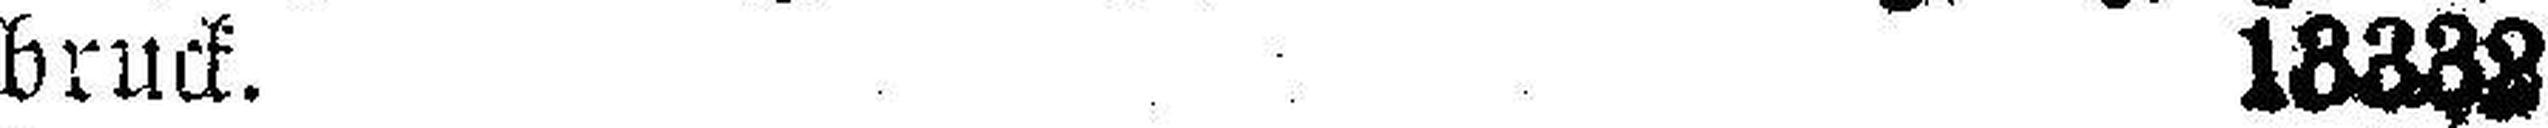
bruck. 13332